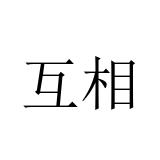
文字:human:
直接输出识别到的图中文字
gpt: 互相